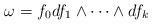
LaTeX: \begin{align*} \omega=f_0df_1\wedge\cdots\wedge df_k \end{align*}